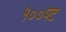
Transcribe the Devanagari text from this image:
१००पट